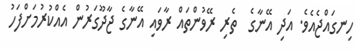
ހިނގައްޖެއެވެ. އަދި އޭނާގެ  ތެރި ރޭވުންތައް ރާވައި އޭނާގެ ޖާދޫގަރުން އެއްކުރުމަށްފަހު